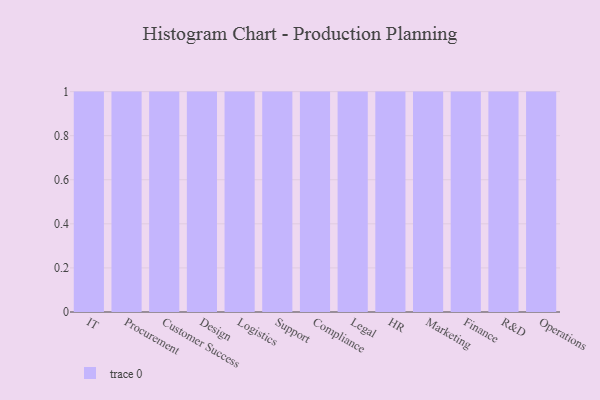
{"axis": {"x": "Department", "y": "Churn Rate (%)"}, "legend": [""], "data": [{"x": "IT", "y": 83, "type": ""}, {"x": "Procurement", "y": 21, "type": ""}, {"x": "Customer Success", "y": 70, "type": ""}, {"x": "Design", "y": 64, "type": ""}, {"x": "Logistics", "y": 41, "type": ""}, {"x": "Support", "y": 47, "type": ""}, {"x": "Compliance", "y": 75, "type": ""}, {"x": "Legal", "y": 67, "type": ""}, {"x": "HR", "y": 14, "type": ""}, {"x": "Marketing", "y": 39, "type": ""}, {"x": "Finance", "y": 38, "type": ""}, {"x": "R&D", "y": 76, "type": ""}, {"x": "Operations", "y": 7, "type": ""}]}